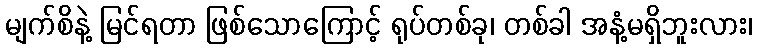
မျက်စိနဲ့ မြင်ရတာ ဖြစ်သောကြောင့် ရုပ်တစ်ခု၊ တစ်ခါ အနံ့မရှိဘူးလား၊